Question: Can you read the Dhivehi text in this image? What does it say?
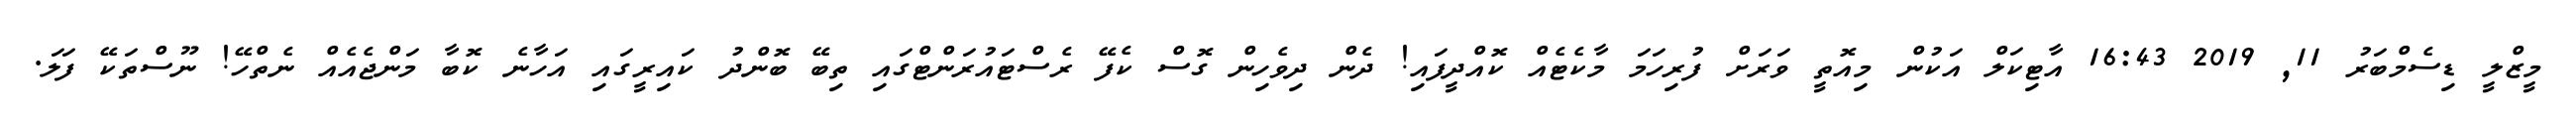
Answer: މީޒްލީ ޑިސެމްބަރު 11, 2019 16:43 އާޓިކަލް އަކުން މިއޮތީ ވަރަށް ފުރިހަމަ މާކެޓެއް ކޮއްދީފައި! ދެން ދިވެހިން ގޮސް ކެފޭ ރެސްޓައުރަންޓްގައި ތިބޭ ބޮންދު ކައިރީގައި އަހާނެ ކޮބާ މަންޖެއެއް ނެތްހޭ! ނޫސްތަކޭ ފަލަ.